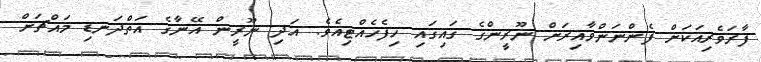
ފާރަވެރިއަކަށް ފެންނަންވާއިރަށް ނޫރީންގެ ގައިގައި ހިފެހެއްޓިއެވެ. އަދި ނޫރީން އޭނާގެ އަތްދަނޑި މައްޗަށް